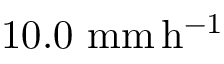
1 0 . 0 \ \mathrm { m m \, h ^ { - 1 } }